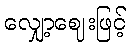
လျှော့ဈေးဖြင့်